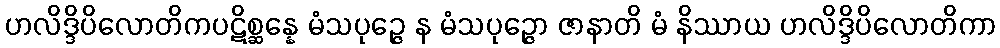
ဟလိဒ္ဒိပိလောတိကပဋိစ္ဆန္နေ မံသပုဉ္ဇေ န မံသပုဉ္ဇော ဇာနာတိ မံ နိဿာယ ဟလိဒ္ဒိပိလောတိကာ